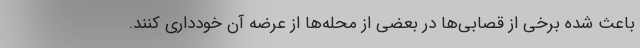
باعث شده برخی از قصابی‌ها در بعضی از محله‌ها از عرضه آن خودداری کنند.